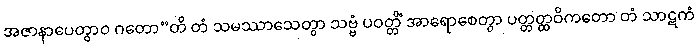
အဇာနာပေတွာဝ ဂတော”တိ တံ သမဿာသေတွာ သဗ္ဗံ ပဝတ္တိံ အာရောစေတွာ ပတ္တတ္ထဝိကတော တံ သာဋကံ